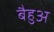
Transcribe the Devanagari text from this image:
बैहुअ